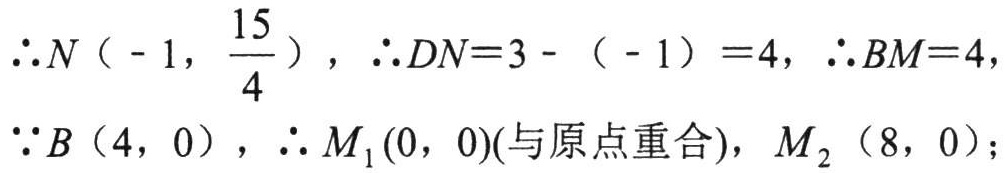
\(\therefore N\left(-1,\frac{15}{4}\right),\therefore DN = 3 - (-1)=4,\therefore BM = 4,\\
\because B(4,0),\therefore M_1(0,0)(与原点重合),M_2(8,0);\)